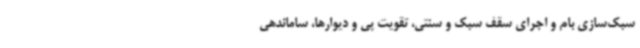
سبک‌سازی بام و اجرای سقف سبک و سنتی، تقویت پی و دیوارها، ساماندهی